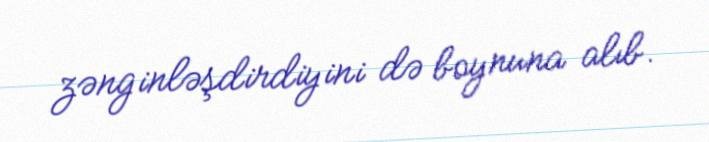
zənginləşdirdiyini də boynuna alıb.